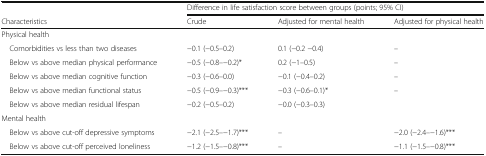
<table><thead><tr><td></td><td colspan="3"><b>Difference in life satisfaction score between groups (points; 95% CI)</b></td></tr><tr><td><b>Characteristics</b></td><td><b>Crude</b></td><td><b>Adjusted for mental health</b></td><td><b>Adjusted for physical health</b></td></tr></thead><tbody><tr><td colspan="4">Physical health</td></tr><tr><td> Comorbidities vs less than two diseases</td><td>−0.1 (−0.5–0.2)</td><td>0.1 (−0.2 −0.4)</td><td>–</td></tr><tr><td> Below vs above median physical performance</td><td>−0.5 (−0.8–−0.2)*</td><td>0.2 (−1–0.5)</td><td>–</td></tr><tr><td> Below vs above median cognitive function</td><td>−0.3 (−0.6–0.0)</td><td>−0.1 (−0.4–0.2)</td><td>–</td></tr><tr><td> Below vs above median functional status</td><td>−0.5 (−0.9–−0.3)***</td><td>−0.3 (−0.6–0.1)*</td><td>–</td></tr><tr><td> Below vs above median residual lifespan</td><td>−0.2 (−0.5–0.2)</td><td>−0.0 (−0.3–0.3)</td><td></td></tr><tr><td colspan="4">Mental health</td></tr><tr><td> Below vs above cut-off depressive symptoms</td><td>−2.1 (−2.5–−1.7)***</td><td>–</td><td>−2.0 (−2.4–−1.6)***</td></tr><tr><td> Below vs above cut-off perceived loneliness</td><td>−1.2 (−1.5–−0.8)***</td><td>–</td><td>−1.1 (−1.5–−0.8)***</td></tr></tbody></table>